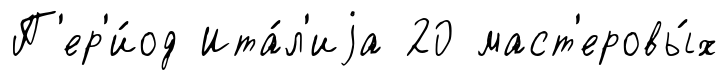
П'ер'и́од Ита́л'иjа 20 маст'еровы́х